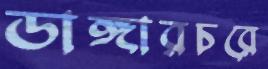
ডাঙ্গারচরে